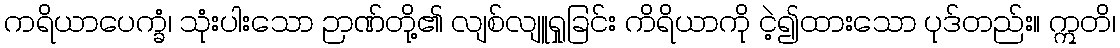
ကရိယာပေက္ခံ၊ သုံးပါးသော ဉာဏ်တို့၏ လျစ်လျူရှုခြင်း ကိရိယာကို ငဲ့၍ထားသော ပုဒ်တည်း။ ဣတိ၊